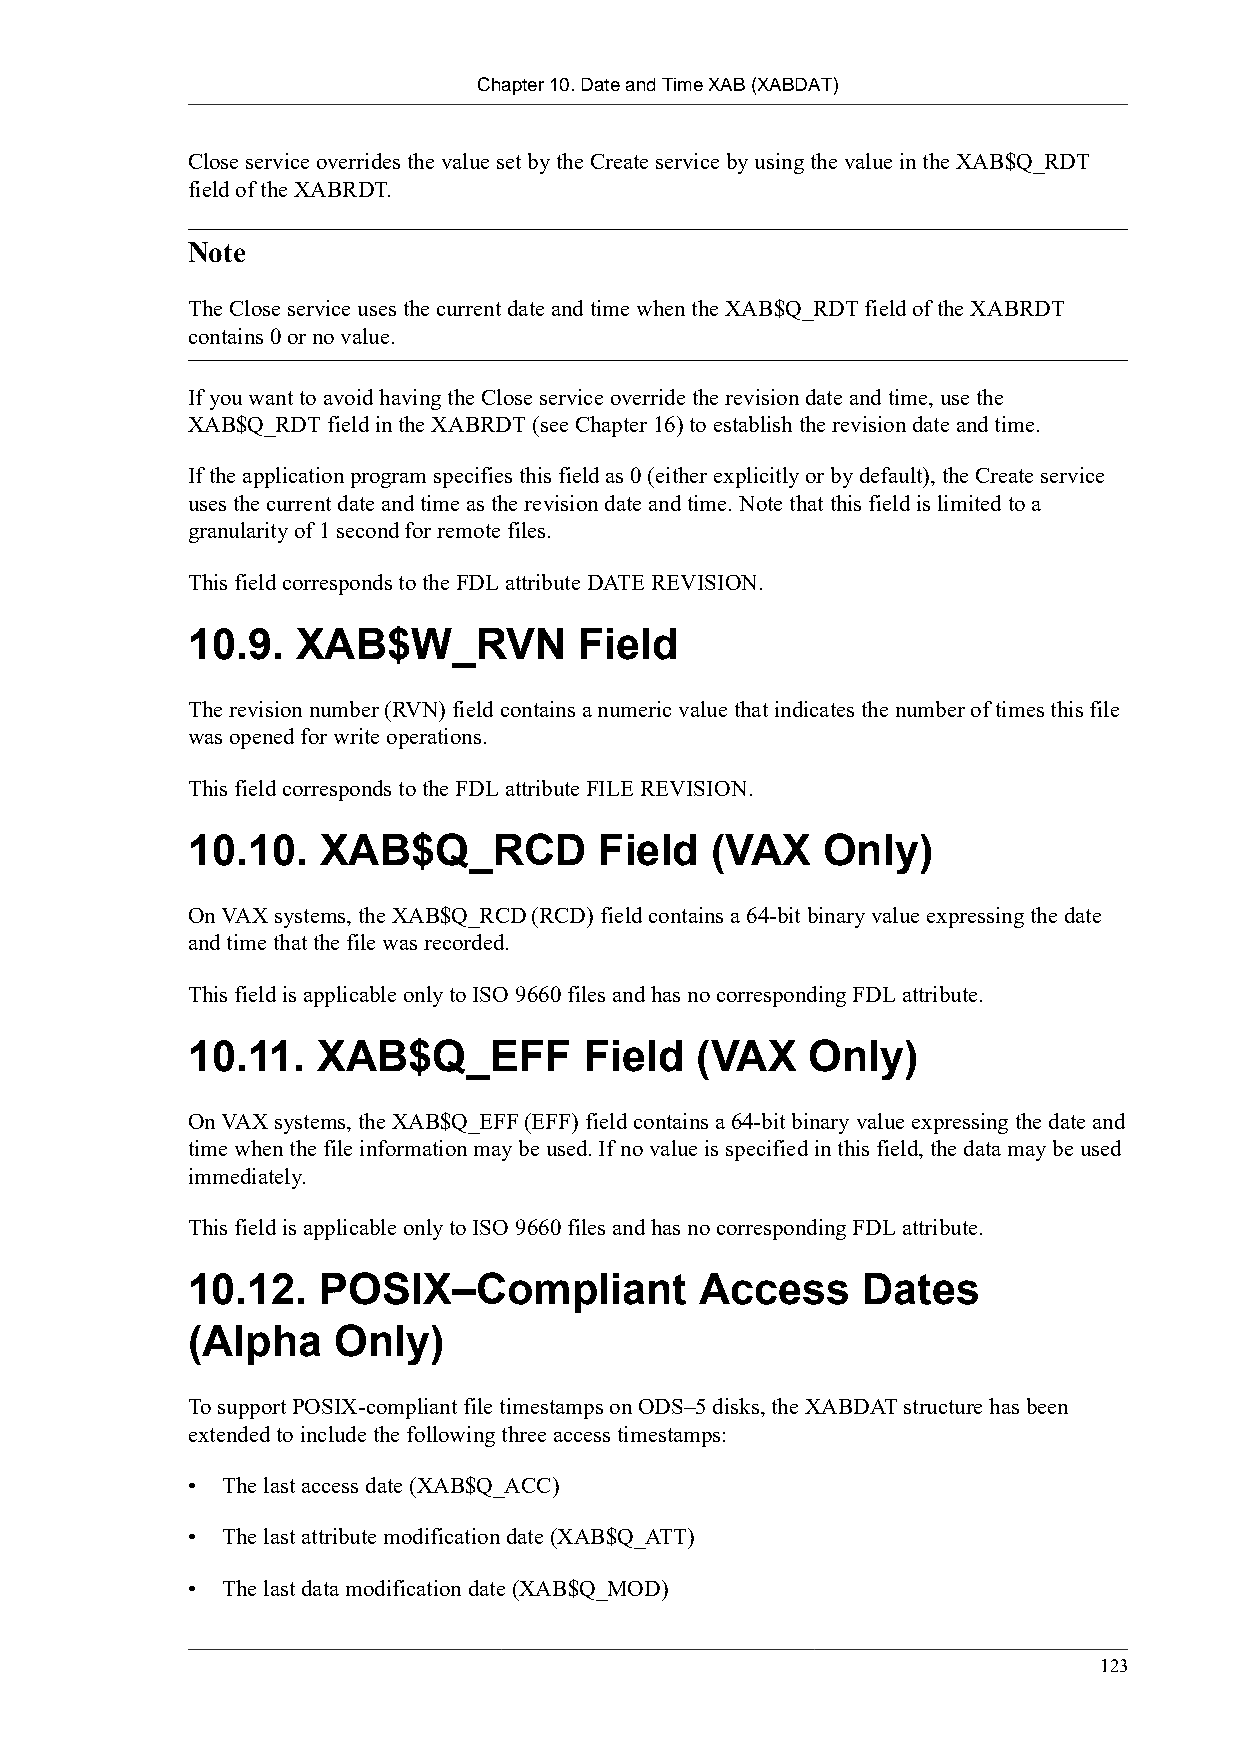
Chapter 10. Date and Time XAB (XABDAT)
 Close service overrides the value set by the Create service by using the value in the XAB$Q_RDT
 field of the XABRDT.
 Note
 The Close service uses the current date and time when the XAB$Q_RDT field of the XABRDT
 contains 0 or no value.
 If you want to avoid having the Close service override the revision date and time, use the
 XAB$Q_RDT field in the XABRDT (see Chapter 16) to establish the revision date and time.
 If the application program specifies this field as 0 (either explicitly or by default), the Create service
 uses the current date and time as the revision date and time. Note that this field is limited to a
 granularity of 1 second for remote files.
 This field corresponds to the FDL attribute DATE REVISION.
 10.9.   XAB$W_RVN         Field
 The revision number (RVN) field contains a numeric value that indicates the number of times this file
 was opened for write operations.
 This field corresponds to the FDL attribute FILE REVISION.
 10.10.   XAB$Q_RCD          Field  (VAX   Only)
 On VAX systems, the XAB$Q_RCD (RCD) field contains a 64-bit binary value expressing the date
 and time that the file was recorded.
 This field is applicable only to ISO 9660 files and has no corresponding FDL attribute.
 10.11.   XAB$Q_EFF         Field  (VAX   Only)
 On VAX systems, the XAB$Q_EFF (EFF) field contains a 64-bit binary value expressing the date and
 time when the file information may be used. If no value is specified in this field, the data may be used
 immediately.
 This field is applicable only to ISO 9660 files and has no corresponding FDL attribute.
 10.12.   POSIX–Compliant          Access     Dates
 (Alpha    Only)
 To support POSIX-compliant file timestamps on ODS–5 disks, the XABDAT structure has been
 extended to include the following three access timestamps:
 •  The last access date (XAB$Q_ACC)
 •  The last attribute modification date (XAB$Q_ATT)
 •  The last data modification date (XAB$Q_MOD)
 123